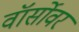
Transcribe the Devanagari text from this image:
वॉर्सोवर